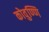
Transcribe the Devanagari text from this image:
कोवुण्णि